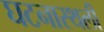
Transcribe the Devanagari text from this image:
घटनास्थली